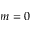
m = 0